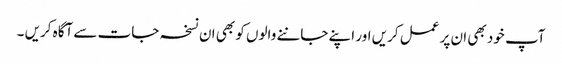
آپ خود بھی ان پر عمل کریں اور اپنے جاننے والوں کو بھی ان نسخہ جات سے آگاہ کریں ۔